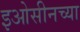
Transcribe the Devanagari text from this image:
इओसीनच्या